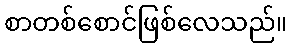
စာတစ်စောင်ဖြစ်လေသည်။